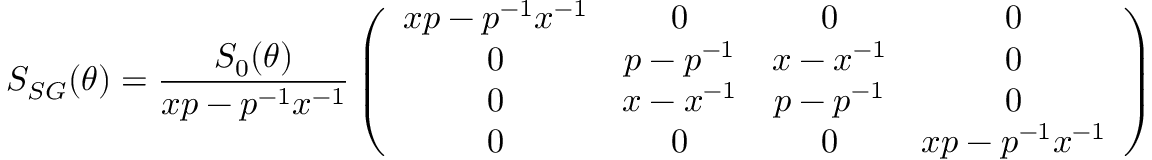
S _ { S G } ( \theta ) = \frac { S _ { 0 } ( \theta ) } { x p - p ^ { - 1 } x ^ { - 1 } } \left( \begin{array} { c c c c } { { x p - p ^ { - 1 } x ^ { - 1 } } } & { { 0 } } & { { 0 } } & { { 0 } } \\ { { 0 } } & { { p - p ^ { - 1 } } } & { { x - x ^ { - 1 } } } & { { 0 } } \\ { { 0 } } & { { x - x ^ { - 1 } } } & { { p - p ^ { - 1 } } } & { { 0 } } \\ { { 0 } } & { { 0 } } & { { 0 } } & { { x p - p ^ { - 1 } x ^ { - 1 } } } \end{array} \right) \,